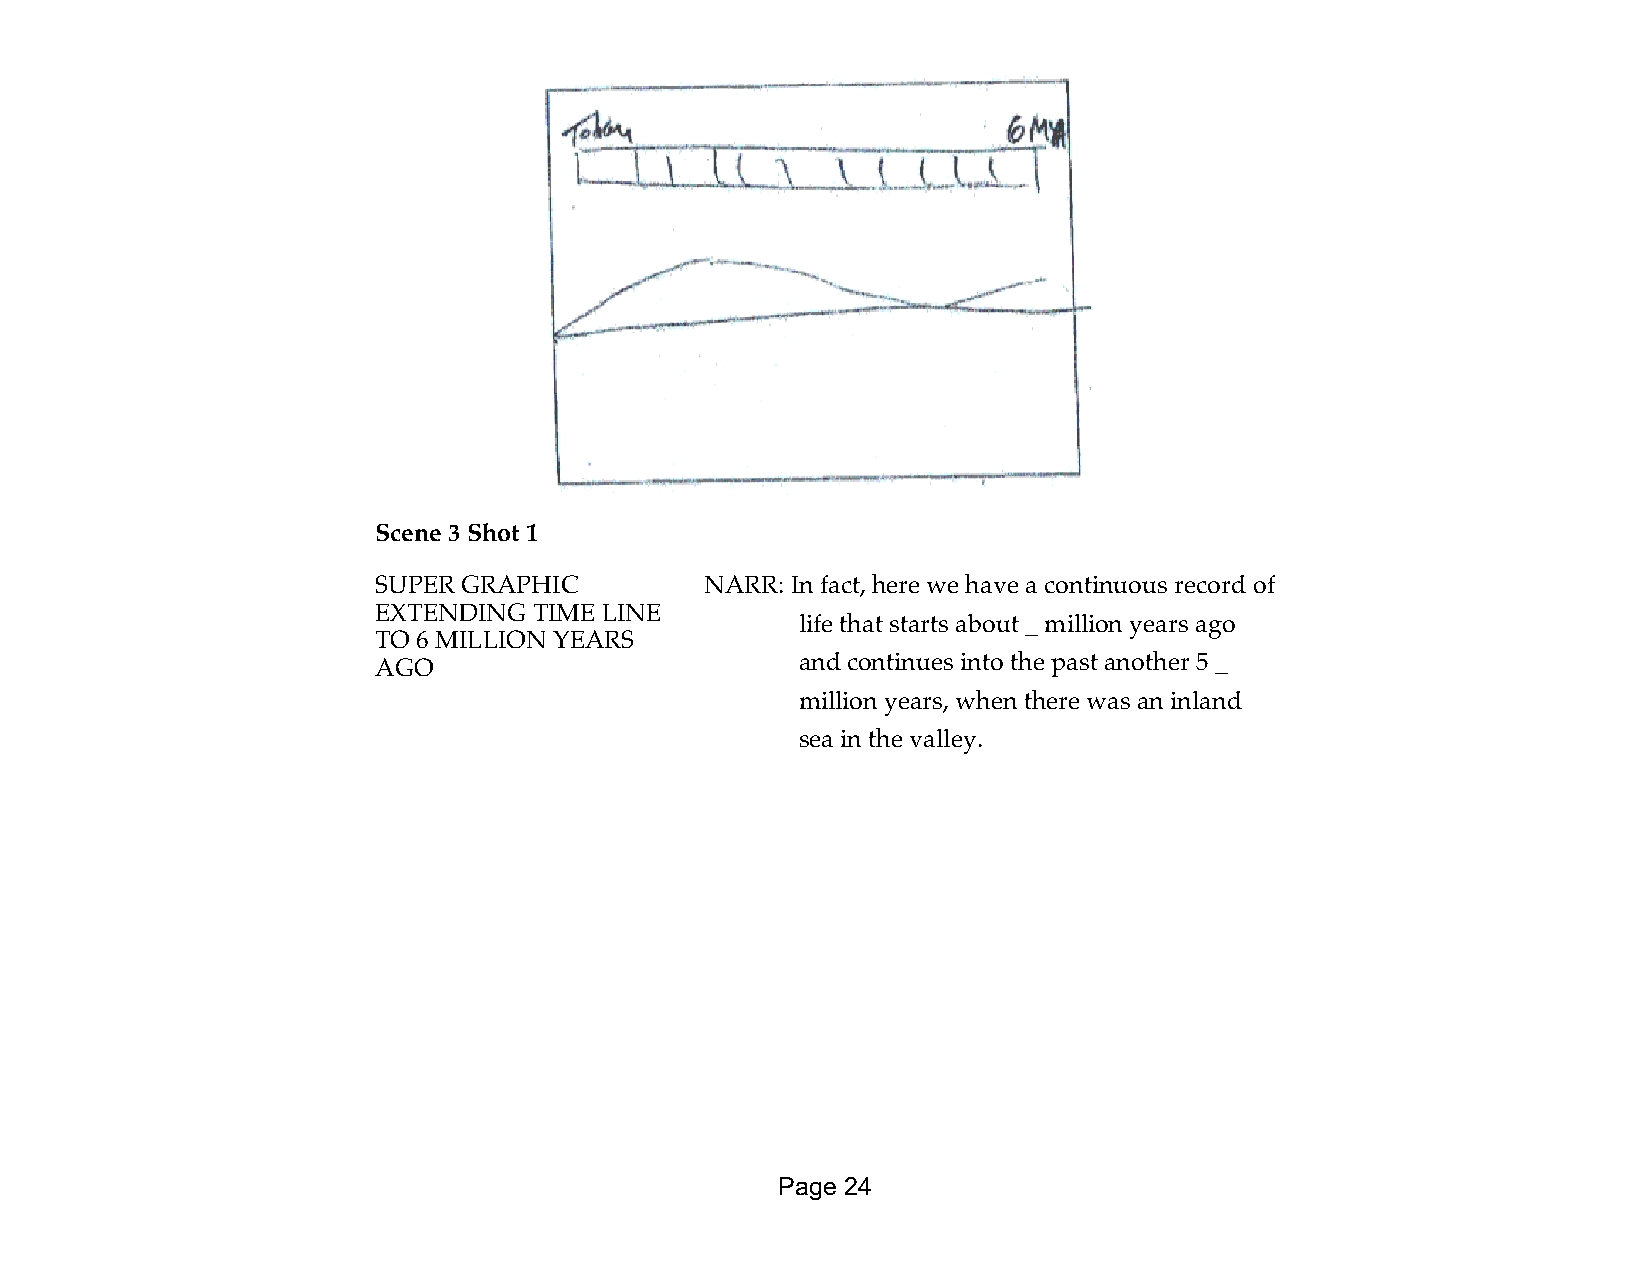
Scene 3 Shot 1
 SUPER GRAPHIC         NARR: In fact, here we have a continuous record of
 EXTENDING TIME LINE
 life that starts about _ million years ago
 TO 6 MILLION YEARS
 AGO                         and continues into the past another 5 _
 million years, when there was an inland
 sea in the valley.
 Page 24